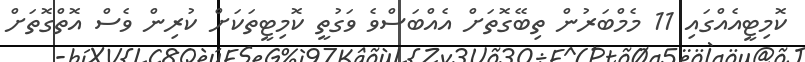
ކޮމިޓީއެއްގައި 11 މެމްބަރުން ތިބޭގޮތަށް އެއްބަސްވެ ވަގުތީ ކޮމިޓީތަކަށް ކުރިން ވެސް އޮތްގޮތަށް